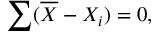
\sum ( { \overline { { X } } } - X _ { i } ) = 0 ,